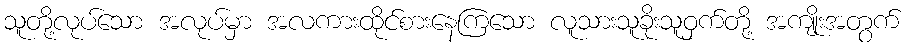
သူတို့လုပ်သော အလုပ်မှာ အလကားထိုင်စားနေကြသော လူသားသူခိုးသူဝှက်တို့ အကျိုးအတွက်